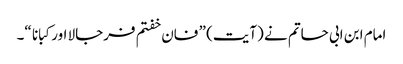
امام ابن ابی حاتم نے (آیت) ” فان خفتم فرجالا اور کبانا “۔